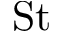
\mathrm { S t }